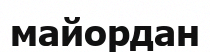
майордан